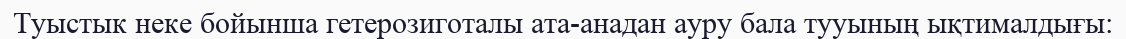
Туыстык неке бойынша гетерозиготалы ата-анадан ауру бала тууының ықтималдығы: